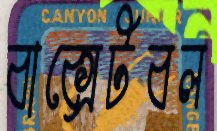
বাক্সেটবল